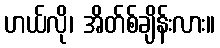
ဟယ်လို၊ အိတ်စ်ချိန်းလား။